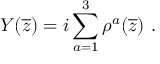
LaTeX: Y ( \overline { { { z } } } ) = i \sum _ { a = 1 } ^ { 3 } \rho ^ { a } ( \overline { { { z } } } ) ~ .